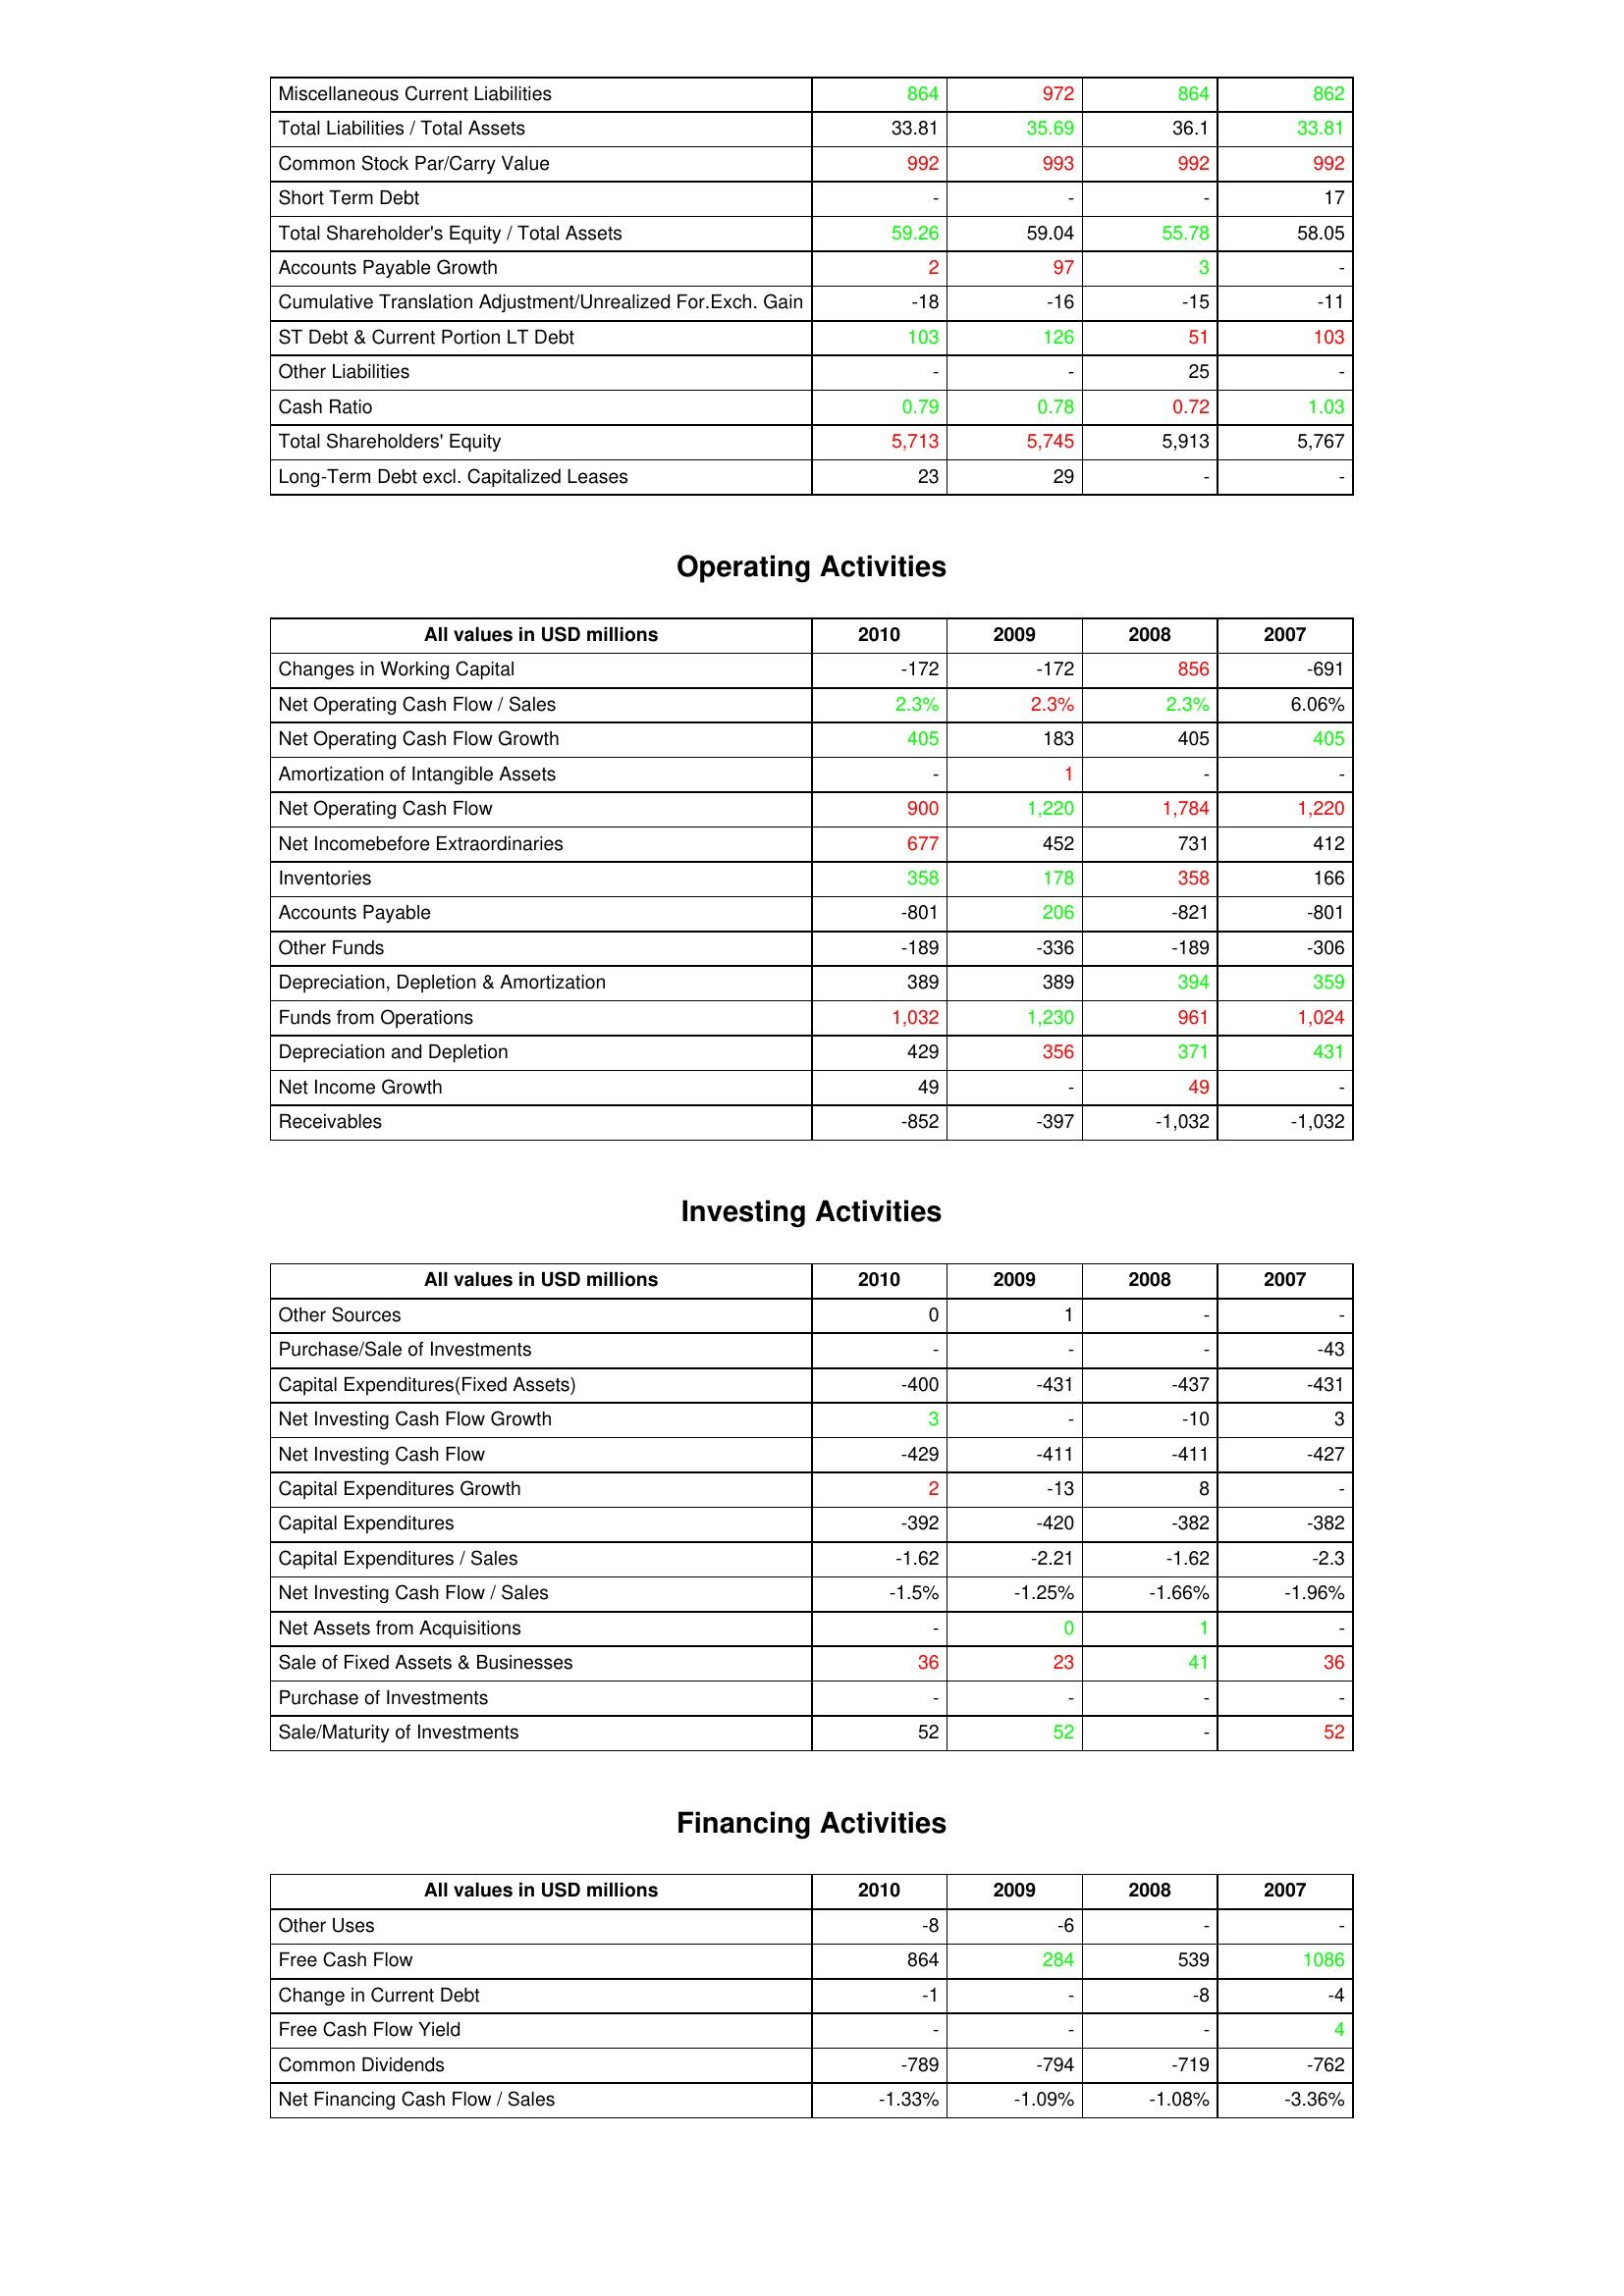
gt_parse: 2010: Liabilities & Shareholder's Equity: Miscellaneous Current Liabilities: 864
Total Liabilities / Total Assets: 33.81
Common Stock Par/Carry Value: 992
Short Term Debt: -
Total Shareholder's Equity / Total Assets: 59.26
Accounts Payable Growth: 2
Cumulative Translation Adjustment/Unrealized For.Exch. Gain: -18
ST Debt & Current Portion LT Debt: 103
Other Liabilities: -
Cash Ratio: 0.79
Total Shareholders' Equity: 5,713
Long-Term Debt excl. Capitalized Leases: 23
Operating Activities: Changes in Working Capital: -172
Net Operating Cash Flow / Sales: 2.3%
Net Operating Cash Flow Growth: 405
Amortization of Intangible Assets: -
Net Operating Cash Flow: 900
Net Incomebefore Extraordinaries: 677
Inventories: 358
Accounts Payable: -801
Other Funds: -189
Depreciation, Depletion & Amortization: 389
Funds from Operations: 1,032
Depreciation and Depletion: 429
Net Income Growth: 49
Receivables: -852
Investing Activities: Other Sources: 0
Purchase/Sale of Investments: -
Capital Expenditures(Fixed Assets): -400
Net Investing Cash Flow Growth: 3
Net Investing Cash Flow: -429
Capital Expenditures Growth: 2
Capital Expenditures: -392
Capital Expenditures / Sales: -1.62
Net Investing Cash Flow / Sales: -1.5%
Net Assets from Acquisitions: -
Sale of Fixed Assets & Businesses: 36
Purchase of Investments: -
Sale/Maturity of Investments: 52
Financing Activities: Other Uses: -8
Free Cash Flow: 864
Change in Current Debt: -1
Free Cash Flow Yield: -
Common Dividends: -789
Net Financing Cash Flow / Sales: -1.33%
2009: Liabilities & Shareholder's Equity: Miscellaneous Current Liabilities: 972
Total Liabilities / Total Assets: 35.69
Common Stock Par/Carry Value: 993
Short Term Debt: -
Total Shareholder's Equity / Total Assets: 59.04
Accounts Payable Growth: 97
Cumulative Translation Adjustment/Unrealized For.Exch. Gain: -16
ST Debt & Current Portion LT Debt: 126
Other Liabilities: -
Cash Ratio: 0.78
Total Shareholders' Equity: 5,745
Long-Term Debt excl. Capitalized Leases: 29
Operating Activities: Changes in Working Capital: -172
Net Operating Cash Flow / Sales: 2.3%
Net Operating Cash Flow Growth: 183
Amortization of Intangible Assets: 1
Net Operating Cash Flow: 1,220
Net Incomebefore Extraordinaries: 452
Inventories: 178
Accounts Payable: 206
Other Funds: -336
Depreciation, Depletion & Amortization: 389
Funds from Operations: 1,230
Depreciation and Depletion: 356
Net Income Growth: -
Receivables: -397
Investing Activities: Other Sources: 1
Purchase/Sale of Investments: -
Capital Expenditures(Fixed Assets): -431
Net Investing Cash Flow Growth: -
Net Investing Cash Flow: -411
Capital Expenditures Growth: -13
Capital Expenditures: -420
Capital Expenditures / Sales: -2.21
Net Investing Cash Flow / Sales: -1.25%
Net Assets from Acquisitions: 0
Sale of Fixed Assets & Businesses: 23
Purchase of Investments: -
Sale/Maturity of Investments: 52
Financing Activities: Other Uses: -6
Free Cash Flow: 284
Change in Current Debt: -
Free Cash Flow Yield: -
Common Dividends: -794
Net Financing Cash Flow / Sales: -1.09%
2008: Liabilities & Shareholder's Equity: Miscellaneous Current Liabilities: 864
Total Liabilities / Total Assets: 36.1
Common Stock Par/Carry Value: 992
Short Term Debt: -
Total Shareholder's Equity / Total Assets: 55.78
Accounts Payable Growth: 3
Cumulative Translation Adjustment/Unrealized For.Exch. Gain: -15
ST Debt & Current Portion LT Debt: 51
Other Liabilities: 25
Cash Ratio: 0.72
Total Shareholders' Equity: 5,913
Long-Term Debt excl. Capitalized Leases: -
Operating Activities: Changes in Working Capital: 856
Net Operating Cash Flow / Sales: 2.3%
Net Operating Cash Flow Growth: 405
Amortization of Intangible Assets: -
Net Operating Cash Flow: 1,784
Net Incomebefore Extraordinaries: 731
Inventories: 358
Accounts Payable: -821
Other Funds: -189
Depreciation, Depletion & Amortization: 394
Funds from Operations: 961
Depreciation and Depletion: 371
Net Income Growth: 49
Receivables: -1,032
Investing Activities: Other Sources: -
Purchase/Sale of Investments: -
Capital Expenditures(Fixed Assets): -437
Net Investing Cash Flow Growth: -10
Net Investing Cash Flow: -411
Capital Expenditures Growth: 8
Capital Expenditures: -382
Capital Expenditures / Sales: -1.62
Net Investing Cash Flow / Sales: -1.66%
Net Assets from Acquisitions: 1
Sale of Fixed Assets & Businesses: 41
Purchase of Investments: -
Sale/Maturity of Investments: -
Financing Activities: Other Uses: -
Free Cash Flow: 539
Change in Current Debt: -8
Free Cash Flow Yield: -
Common Dividends: -719
Net Financing Cash Flow / Sales: -1.08%
2007: Liabilities & Shareholder's Equity: Miscellaneous Current Liabilities: 862
Total Liabilities / Total Assets: 33.81
Common Stock Par/Carry Value: 992
Short Term Debt: 17
Total Shareholder's Equity / Total Assets: 58.05
Accounts Payable Growth: -
Cumulative Translation Adjustment/Unrealized For.Exch. Gain: -11
ST Debt & Current Portion LT Debt: 103
Other Liabilities: -
Cash Ratio: 1.03
Total Shareholders' Equity: 5,767
Long-Term Debt excl. Capitalized Leases: -
Operating Activities: Changes in Working Capital: -691
Net Operating Cash Flow / Sales: 6.06%
Net Operating Cash Flow Growth: 405
Amortization of Intangible Assets: -
Net Operating Cash Flow: 1,220
Net Incomebefore Extraordinaries: 412
Inventories: 166
Accounts Payable: -801
Other Funds: -306
Depreciation, Depletion & Amortization: 359
Funds from Operations: 1,024
Depreciation and Depletion: 431
Net Income Growth: -
Receivables: -1,032
Investing Activities: Other Sources: -
Purchase/Sale of Investments: -43
Capital Expenditures(Fixed Assets): -431
Net Investing Cash Flow Growth: 3
Net Investing Cash Flow: -427
Capital Expenditures Growth: -
Capital Expenditures: -382
Capital Expenditures / Sales: -2.3
Net Investing Cash Flow / Sales: -1.96%
Net Assets from Acquisitions: -
Sale of Fixed Assets & Businesses: 36
Purchase of Investments: -
Sale/Maturity of Investments: 52
Financing Activities: Other Uses: -
Free Cash Flow: 1086
Change in Current Debt: -4
Free Cash Flow Yield: 4
Common Dividends: -762
Net Financing Cash Flow / Sales: -3.36%